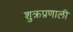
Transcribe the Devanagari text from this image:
शुक्रप्रणाली